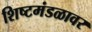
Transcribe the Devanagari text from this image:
शिष्टमंडळावर